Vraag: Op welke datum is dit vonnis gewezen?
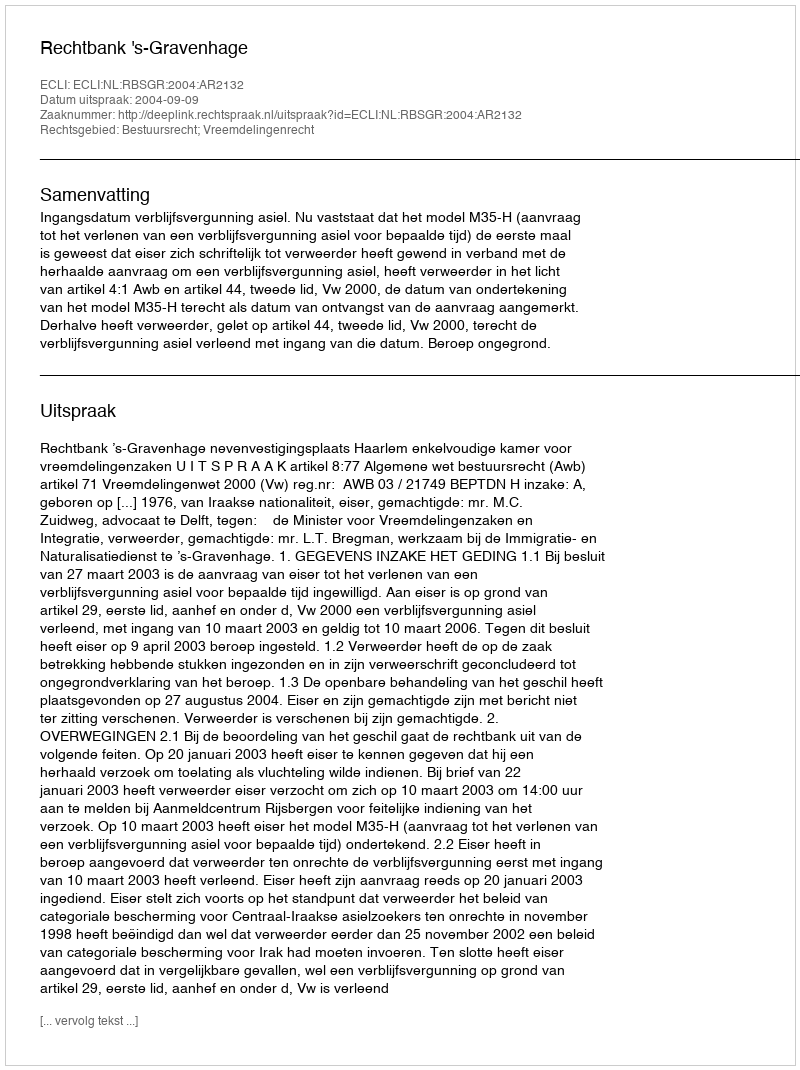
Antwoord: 2004-09-09